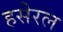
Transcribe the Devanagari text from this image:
हसेरल